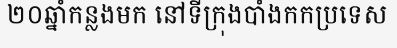
២០ឆ្នាំកន្លងមក នៅទីក្រុងបាំងកកប្រទេស